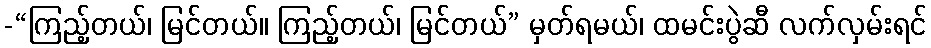
-“ကြည့်တယ်၊ မြင်တယ်။ ကြည့်တယ်၊ မြင်တယ်” မှတ်ရမယ်၊ ထမင်းပွဲဆီ လက်လှမ်းရင်